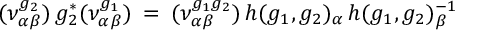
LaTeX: ( \nu _ { \alpha \beta } ^ { g _ { 2 } } ) \, g _ { 2 } ^ { * } ( \nu _ { \alpha \beta } ^ { g _ { 1 } } ) \: = \: ( \nu _ { \alpha \beta } ^ { g _ { 1 } g _ { 2 } } ) \, h ( g _ { 1 } , g _ { 2 } ) _ { \alpha } \, h ( g _ { 1 } , g _ { 2 } ) _ { \beta } ^ { - 1 }